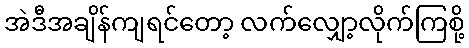
အဲဒီအချိန်ကျရင်တော့ လက်လျှော့လိုက်ကြစို့